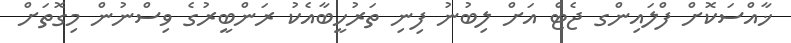
ޚާއްސަކޮށް ފްލައިންގ ޖެޓް އަށް ލިބުނު ފިނި ތަރުހީބާއެކު ރަންބީރުގެ ވިސްނުން މިގޮތަށް